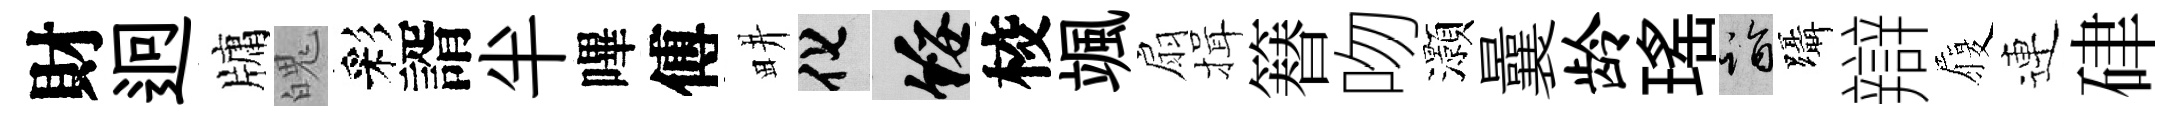
財迥牗魄彩諝半嗶傅畊化綏校颯扇揖簮吻灝曩龄瑤诣躡辯履連硉